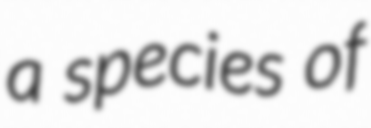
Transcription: a species of